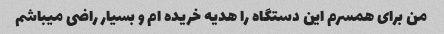
من برای همسرم این دستگاه را هدیه خریده ام و بسیار راضی میباشم